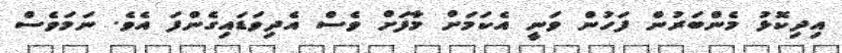
އިދިކޮޅު މެންބަރުން ފަހުން ވަނީ އެކަމަށް މާފަށް ވެސް އެދިވަޑައިގެންފަ އެވެ. ނަމަވެސް